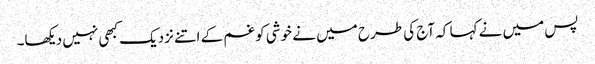
پس میں نے کہا کہ آج کی طرح میں نے خوشی کو غم کے اتنے نزدیک کبھی نہیں دیکھا۔